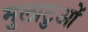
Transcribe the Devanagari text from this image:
मुलाटुओं